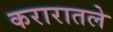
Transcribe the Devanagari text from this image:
करारातले